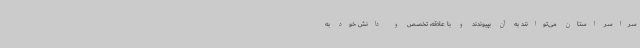
سراسر استان می‌توانند به آن بپیوندند و با علاقه، تخصص و دانش خود به